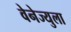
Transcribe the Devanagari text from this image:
वेनेज्युला